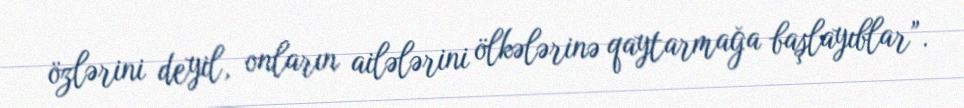
özlərini deyil, onların ailələrini ölkələrinə qaytarmağa başlayıblar”.